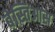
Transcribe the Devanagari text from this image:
बेस्तिआस